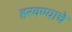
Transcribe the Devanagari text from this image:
हरवण्याचे